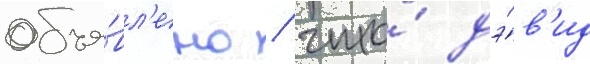
объя́вл'ено / что́ дэ́в'ид